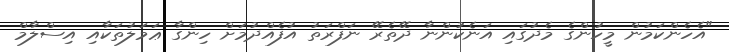
"އެހެންކަމުން މީހުންގެ މެދުގައި އަނެކުންނާ ދޭތެރޭ ނަފްރަތު އުފެއްދުމަށް ހިންގާ ޢަމަލުތަކާއި އިސްލާމް